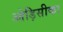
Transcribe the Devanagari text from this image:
ओड़िसीका